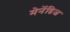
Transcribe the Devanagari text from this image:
मेनेंडिज